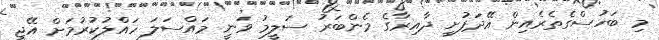
މި ބަހުސްގެތެރެއިން އޭދަފުށީ ދާއިރާގެ މެންބަރު ސަލީމު ވަނީ މައްސަލަ ހައްލުކުރުމަށް އޭޖީ